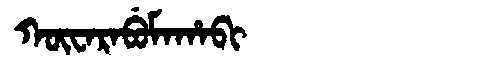
Manchu: ᡴᡡᠸᠠᡵᠠᠪᡠᠮᠠᡥᠠᠪᡳ
Romanization: KŪWARABUMAHABI